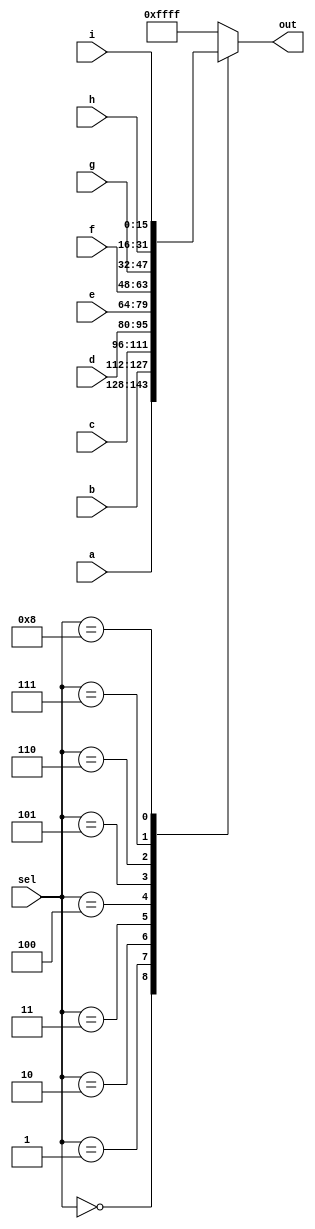
module top_module( 
    input [15:0] a, b, c, d, e, f, g, h, i,
    input [3:0] sel,
    output [15:0] out );
    
    always @(sel)
        begin
            case (sel)
                0: out = a;
                1: out = b;
                2: out = c;
                3: out = d;
                4: out = e;
                5: out = f;
                6: out = g;
                7: out = h;
                8: out = i;
                default: out[15:0] = 'hffff;
            endcase           
        end
endmodule